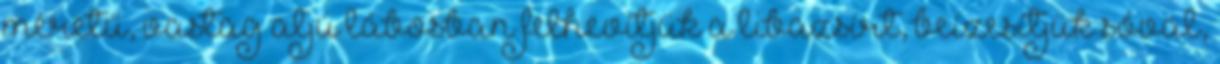
méretű, vastag aljú lábosban felhevítjük a libazsírt, beízesítjük sóval,